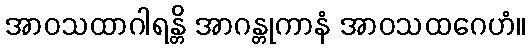
အာဝသထာဂါရန္တိ အာဂန္တုကာနံ အာဝသထဂေဟံ။